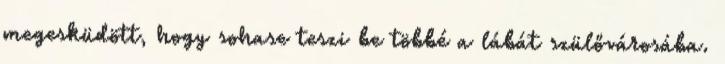
megesküdött, hogy sohase teszi be többé a lábát szülővárosába.